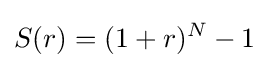
S(r)=(1+r)^{N}-1